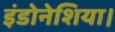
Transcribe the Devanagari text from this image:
इंडोनेशिया।